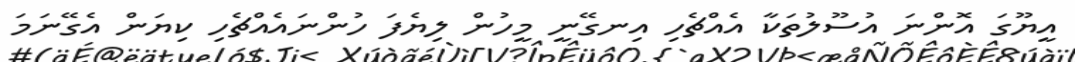
އީޔޫގަ އޮންނަ އުސޫލުތަކާ އެއްޗެހި އިނގޭނީ މީހުން ލިޔެފަ ހުންނައެއްޗެހި ކިޔަން އެގޭނަމަ